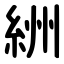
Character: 絒